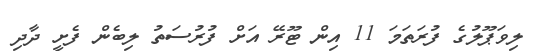
ލިވަޕޫލުގެ ފުރަތަމަ 11 އިން ޓޫރޭ އަށް ފުރުސަތު ލިބެން ފެށީ ދާދި